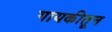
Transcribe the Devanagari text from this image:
गायकीतून